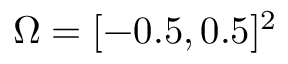
\Omega = [ - 0 . 5 , 0 . 5 ] ^ { 2 }